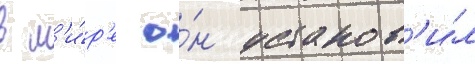
в м'и́р'е о́н установ'и́л